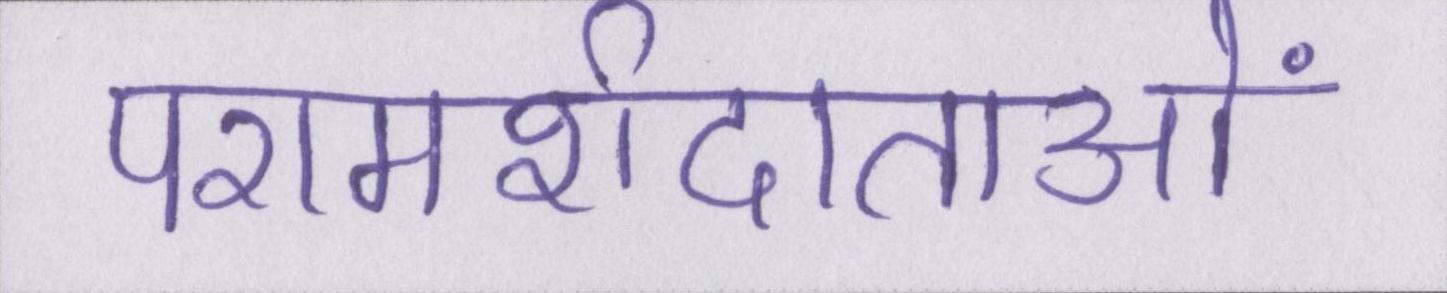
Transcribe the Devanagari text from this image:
परामर्शदाताओं